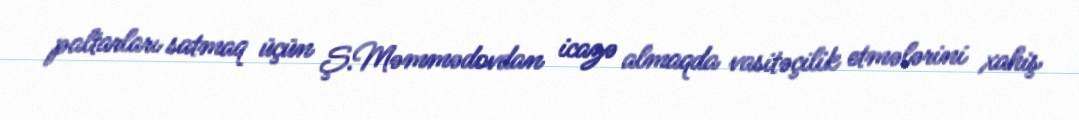
paltarları satmaq üçün Ş.Məmmədovdan icazə almaqda vasitəçilik etmələrini xahiş